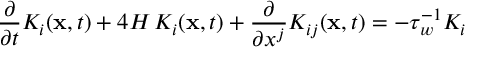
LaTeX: \frac { \partial } { \partial t } { K } _ { i } ( { \bf x } , t ) + 4 H \, K _ { i } ( { \bf x } , t ) + \frac { \partial } { \partial x ^ { j } } { K } _ { i j } ( { \bf x } , t ) = - \tau _ { w } ^ { - 1 } K _ { i }